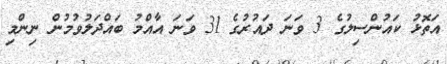
އަތޮޅު ކައުންސިލުގެ 3 ވަނަ ދައުރުގެ 31 ވަނަ އާއްމު ބައްދަލުވުމުން ނިންމި